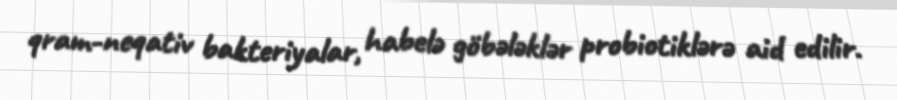
qram-neqativ bakteriyalar, habelə göbələklər probiotiklərə aid edilir.